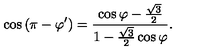
\cos { ( \pi - \varphi ^ { \prime } ) } = \frac { \cos { \varphi } - \frac { \sqrt { 3 } } { 2 } } { 1 - \frac { \sqrt { 3 } } { 2 } \cos { \varphi } } .